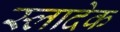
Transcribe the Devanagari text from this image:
स्लादेक